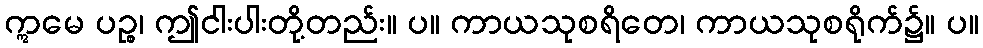
ဣမေ ပဉ္စ၊ ဤငါးပါးတို့တည်း။ ပ။ ကာယသုစရိတေ၊ ကာယသုစရိုက်၌။ ပ။